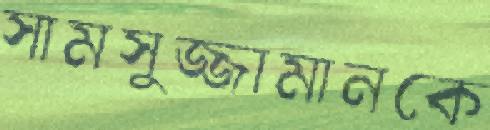
সামসুজ্জামানকে